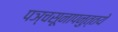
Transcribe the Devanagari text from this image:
पञ्चसूनापनुत्तये